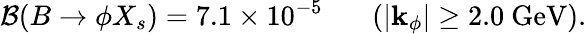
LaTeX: {\cal B}(B\to\phi X_{s})=7.1\times 10^{-5}~~~~~~~(|{\mathbf k}_{\phi}|\geq 2.0~\mathrm{GeV}).